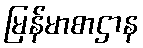
မြန်မာစာဌာန